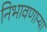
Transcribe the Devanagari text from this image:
निभावणाऱ्या